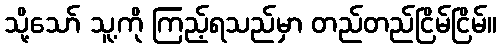
သို့သော် သူ့ကို ကြည့်ရသည်မှာ တည်တည်ငြိမ်ငြိမ်။